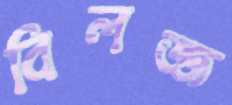
বিলজ্জ